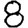
Digit: 8